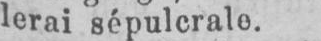
lerai sépulcrale.